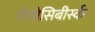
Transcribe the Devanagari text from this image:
नोवोसिबीर्स्क